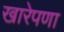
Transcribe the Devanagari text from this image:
खारेपणा